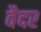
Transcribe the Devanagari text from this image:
वैदर